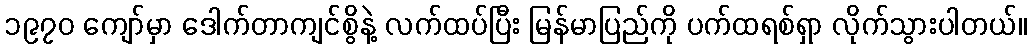
၁၉၇၀ ကျော်မှာ ဒေါက်တာကျင်စွိနဲ့ လက်ထပ်ပြီး မြန်မာပြည်ကို ပက်ထရစ်ရှာ လိုက်သွားပါတယ်။